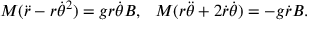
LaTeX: M ( \ddot { r } - r { \dot { \theta } } ^ { 2 } ) = g r \dot { \theta } B , ~ ~ M ( r \ddot { \theta } + 2 \dot { r } \dot { \theta } ) = - g \dot { r } B .